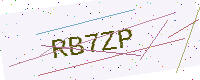
Text: RB7ZP